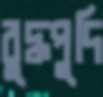
বুদ্ধপুদি